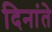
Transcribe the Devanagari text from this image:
दिनांते